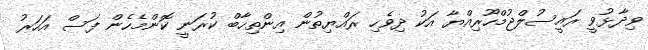
ވިދާޅުވީ ރައީސުލްޖުމްހޫރިއްޔާ އަކު ދިވެހި ރައްޔިތުން އިންތިހާބް ކުރަނީ ކޮންމެހެން ފަސް އަހަރު